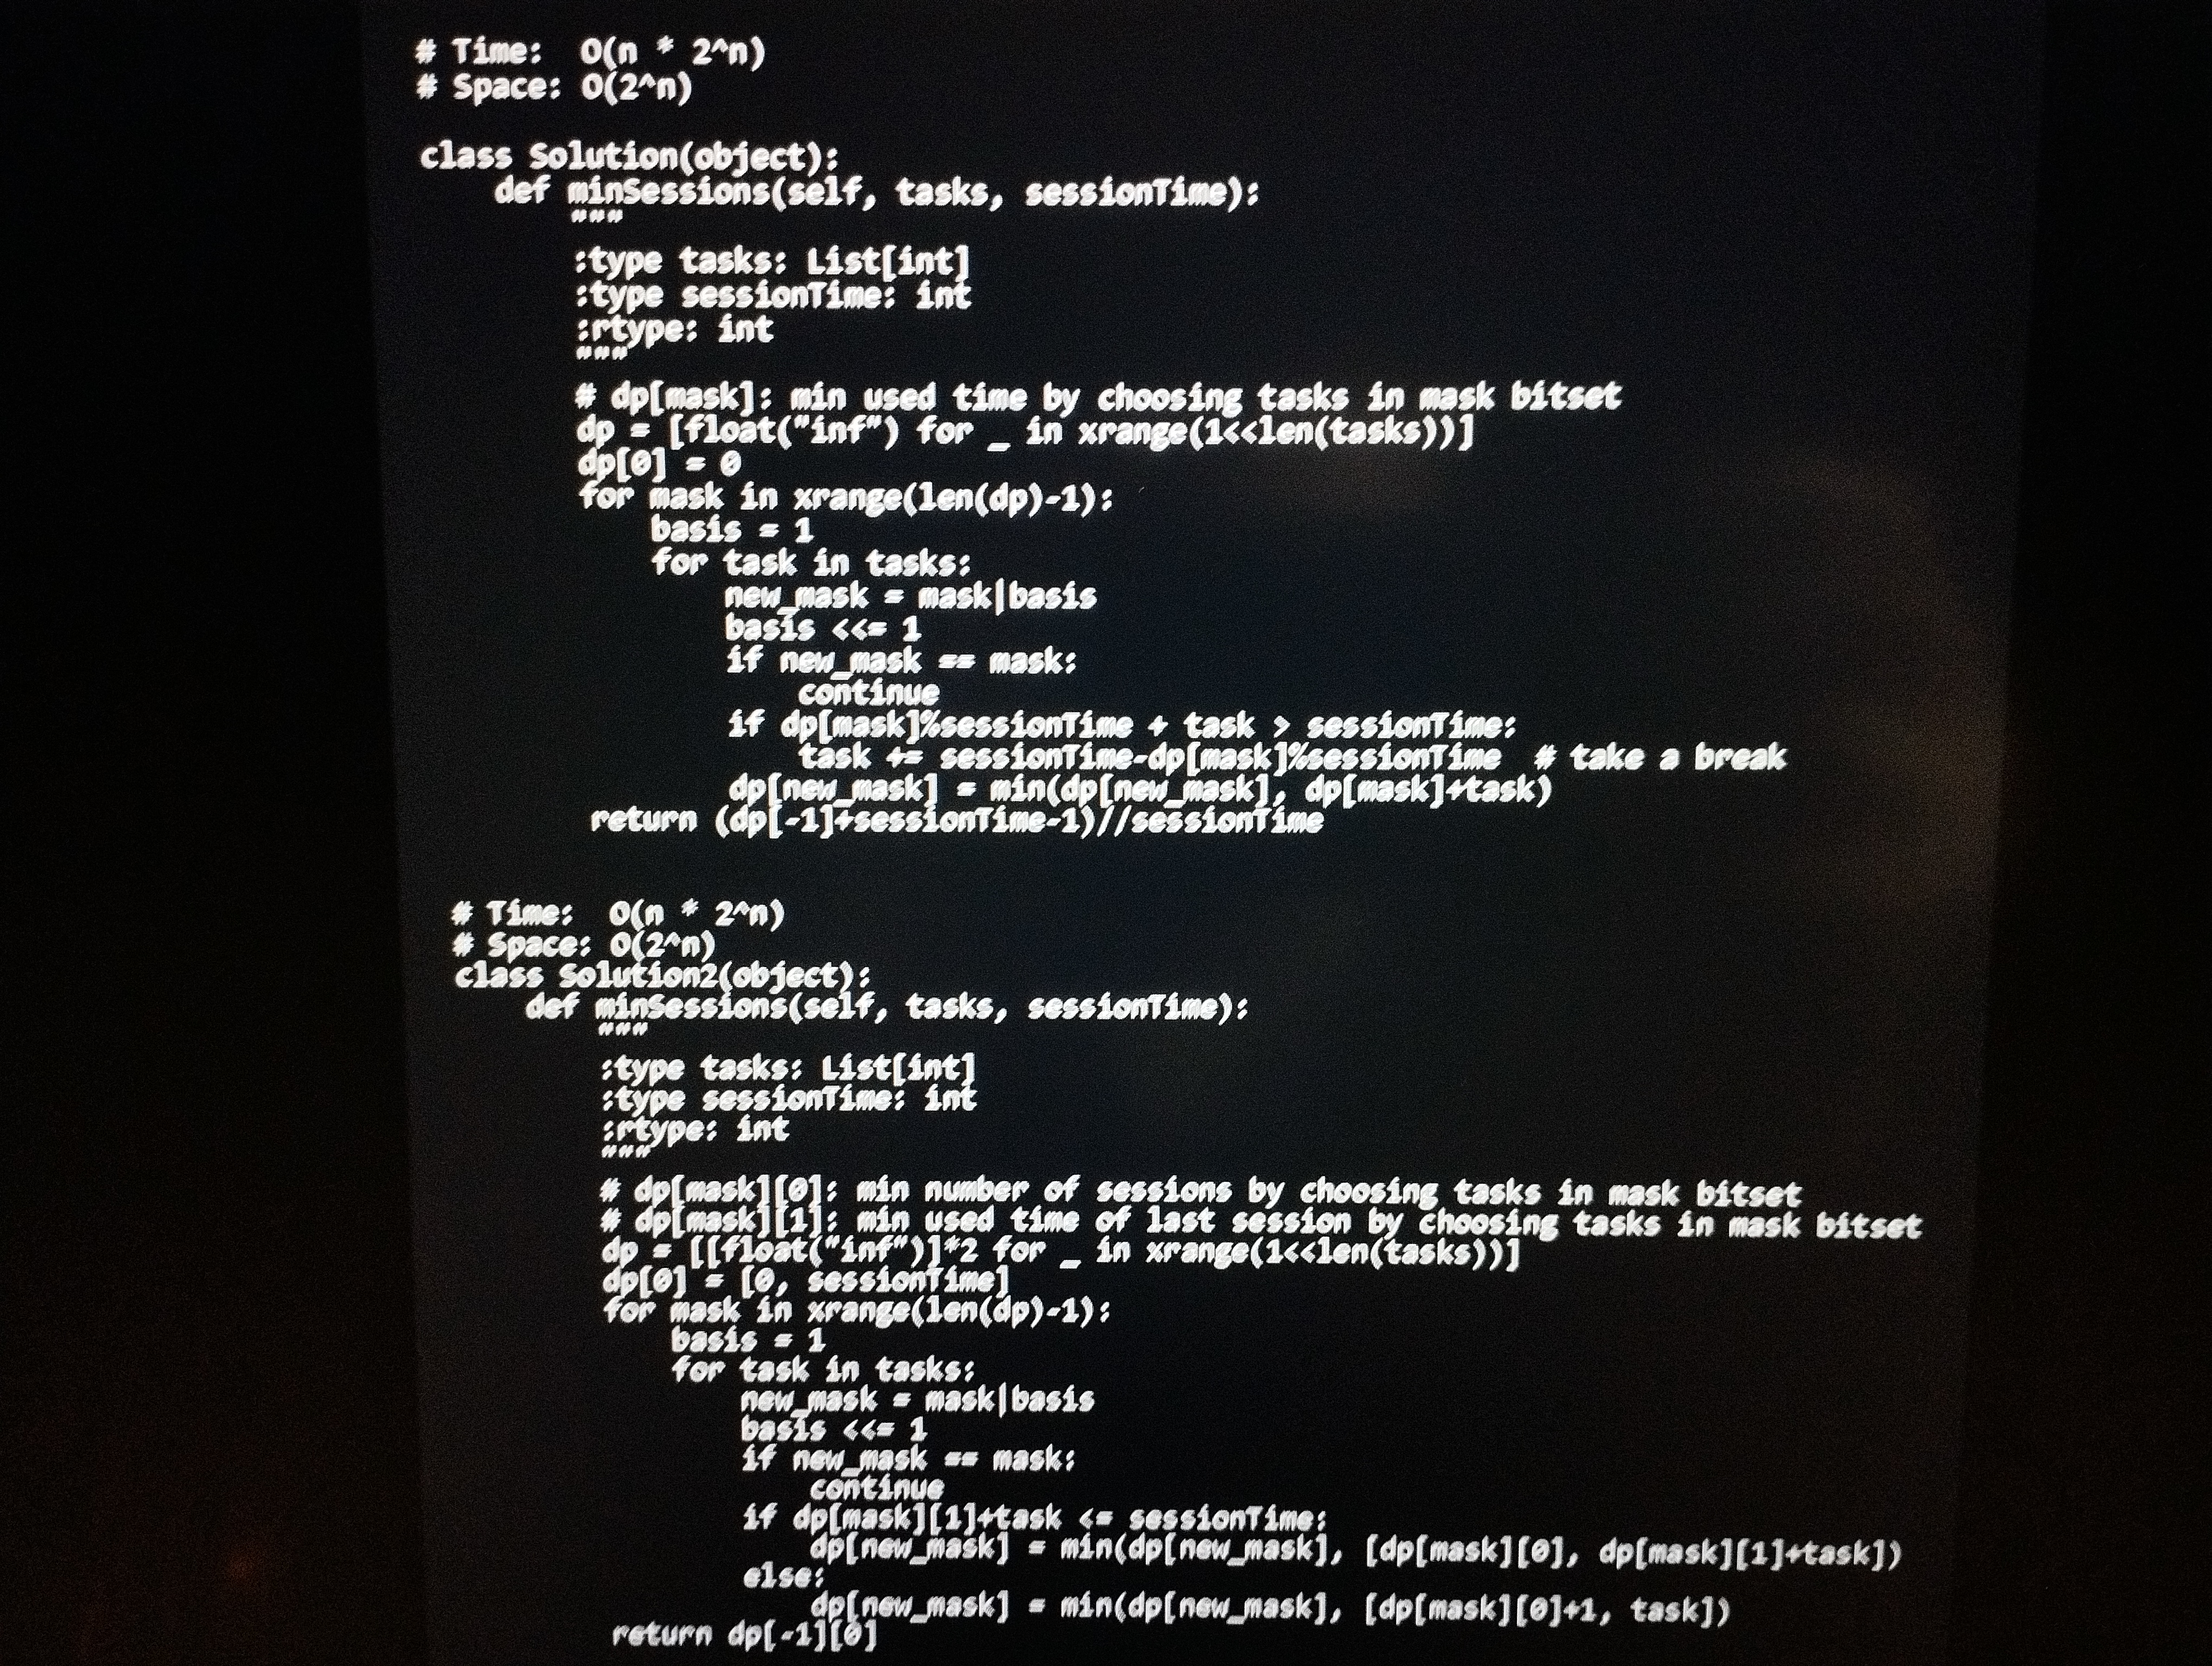
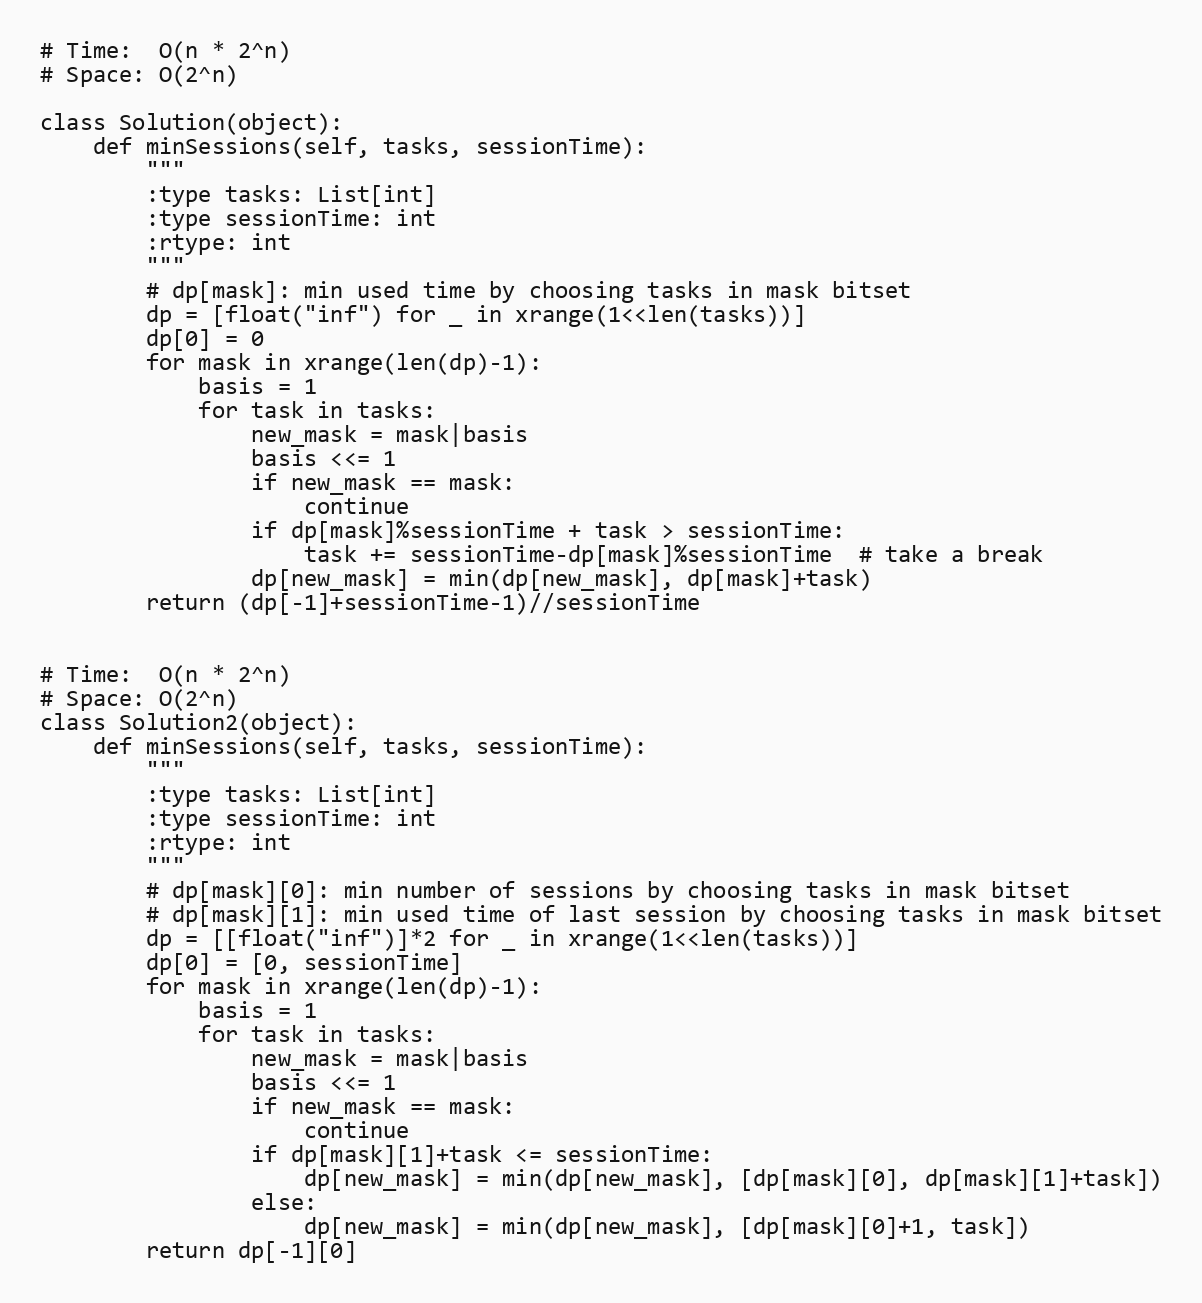
# Time:  O(n * 2^n)
# Space: O(2^n)

class Solution(object):
    def minSessions(self, tasks, sessionTime):
        """
        :type tasks: List[int]
        :type sessionTime: int
        :rtype: int
        """
        # dp[mask]: min used time by choosing tasks in mask bitset
        dp = [float("inf") for _ in xrange(1<<len(tasks))]
        dp[0] = 0
        for mask in xrange(len(dp)-1):
            basis = 1
            for task in tasks:
                new_mask = mask|basis
                basis <<= 1
                if new_mask == mask:
                    continue
                if dp[mask]%sessionTime + task > sessionTime:
                    task += sessionTime-dp[mask]%sessionTime  # take a break
                dp[new_mask] = min(dp[new_mask], dp[mask]+task)
        return (dp[-1]+sessionTime-1)//sessionTime

# Time:  O(n * 2^n)
# Space: O(2^n)
class Solution2(object):
    def minSessions(self, tasks, sessionTime):
        """
        :type tasks: List[int]
        :type sessionTime: int
        :rtype: int
        """
        # dp[mask][0]: min number of sessions by choosing tasks in mask bitset
        # dp[mask][1]: min used time of last session by choosing tasks in mask bitset
        dp = [[float("inf")]*2 for _ in xrange(1<<len(tasks))]
        dp[0] = [0, sessionTime]
        for mask in xrange(len(dp)-1):
            basis = 1
            for task in tasks:
                new_mask = mask|basis
                basis <<= 1
                if new_mask == mask:
                    continue
                if dp[mask][1]+task <= sessionTime:
                    dp[new_mask] = min(dp[new_mask], [dp[mask][0], dp[mask][1]+task])
                else:
                    dp[new_mask] = min(dp[new_mask], [dp[mask][0]+1, task])
        return dp[-1][0]